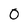
Character: 0